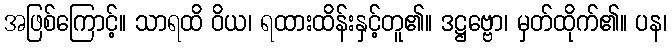
အဖြစ်ကြောင့်။ သာရထိ ဝိယ၊ ရထားထိန်းနှင့်တူ၏။ ဒဋ္ဌဗ္ဗော၊ မှတ်ထိုက်၏။ ပန၊